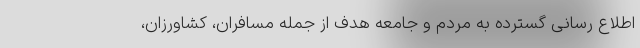
اطلاع رسانی گسترده به مردم و جامعه هدف از جمله مسافران، کشاورزان،